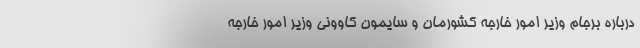
درباره برجام وزیر امور خارجه کشورمان و سایمون کاوونی وزیر امور خارجه